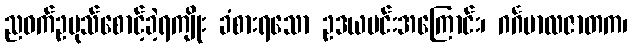
ညဝက်ဥပုသ်စောင့်ခဲ့ရကျိုး ခံစားရသော ဥဒယမင်းအကြောင်း၊ ဂင်္ဂမာလဇာတက၊